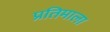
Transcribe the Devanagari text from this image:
प्रतिमाला